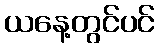
ယနေ့တွင်ပင်